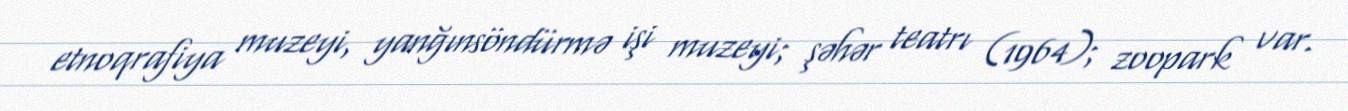
etnoqrafiya muzeyi, yanğınsöndürmə işi muzeyi; şəhər teatrı (1964); zoopark var.